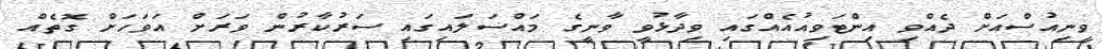
ވީނިއުސްއަށް ދެއްވި އިންޓަވިއުއެއްގައި ވިދާޅުވީ ވާނީގެ މައްސަލައިގައި ސަރުކާރުން ވަރަށް އަވަހަށް ގޮތެއް